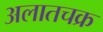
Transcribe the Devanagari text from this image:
अलातचक्र